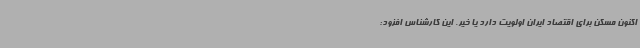
اکنون مسکن برای اقتصاد ایران اولویت دارد یا خیر. این کارشناس افزود: